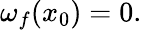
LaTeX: \omega_{f}(x_{0})=0.